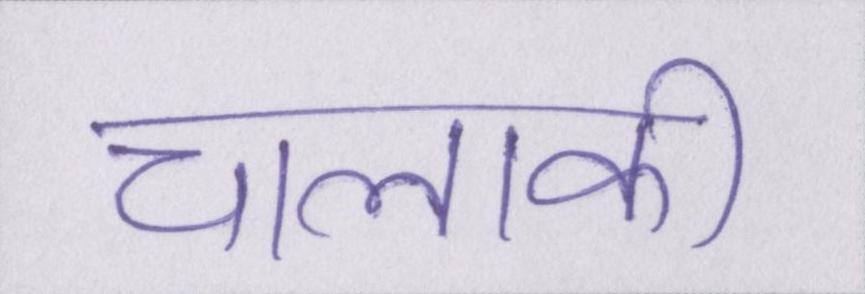
चालाकी